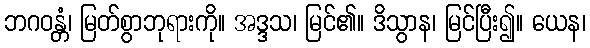
ဘဂဝန္တံ၊ မြတ်စွာဘုရားကို။ အဒ္ဒသ၊ မြင်၏။ ဒိသွာန၊ မြင်ပြီး၍။ ယေန၊